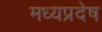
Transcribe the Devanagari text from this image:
मध्यप्रदेष